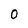
Character: O